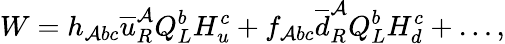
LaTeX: W=h_{\mathcal{A}bc}\overline{{{{u}}}}_{R}^{\mathcal{A}}Q_{L}^{b}H_{u}^{c}+f_{\mathcal{A}bc}\overline{{{{d}}}}_{R}^{\mathcal{A}}Q_{L}^{b}H_{d}^{c}+\ldots,